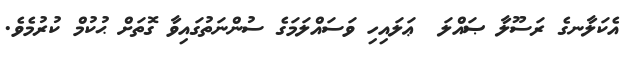
އެކަލާނގެ ރަސޫލާ ޞައްލަ  ޢަލައިހި ވަސައްލަމަގެ ސުންނަތުގައިވާ ގޮތަށް ޙުކުމް ކުރުމެވެ.